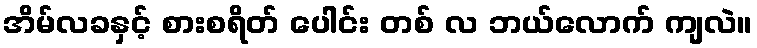
အိမ်လခနှင့် စားစရိတ် ပေါင်း တစ် လ ဘယ်လောက် ကျလဲ။